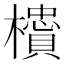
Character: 𬅇